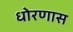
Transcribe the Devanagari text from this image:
धोरणास